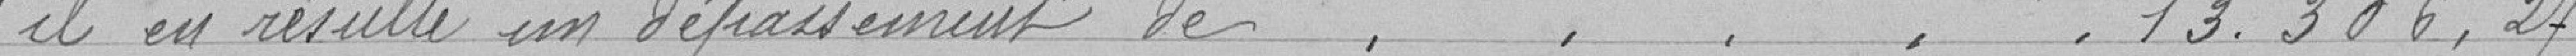
il en résulte un dépassement de .......................... 13.306,27